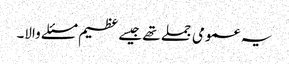
یہ عمومی جملے تھے جیسے عظیم مسئلے والا۔